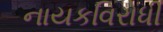
નાયકવિરોધી